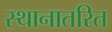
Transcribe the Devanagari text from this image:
स्थानातरित